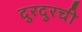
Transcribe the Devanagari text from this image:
दुरदुरची